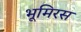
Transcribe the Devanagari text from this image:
भूमिरस